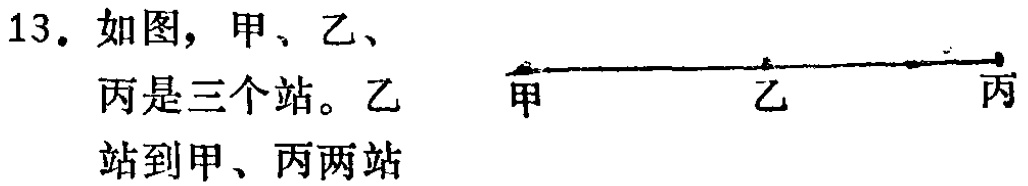
13. 如图，甲、乙、丙是三个站。乙站到甲、丙两站
\(\begin{tikzpicture}
\draw[thick] (0,0) -- (4,0);
\node[left] at (0,0) {甲};
\node at (2,0) {乙};
\node[right] at (4,0) {丙};
\end{tikzpicture}\)